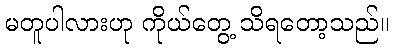
မတူပါလားဟု ကိုယ်တွေ့ သိရတော့သည်။